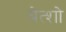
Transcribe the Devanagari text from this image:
बेत्शो